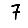
Digit: 7